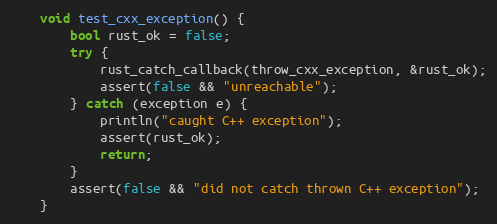
Language: C++
    void test_cxx_exception() {
        bool rust_ok = false;
        try {
            rust_catch_callback(throw_cxx_exception, &rust_ok);
            assert(false && "unreachable");
        } catch (exception e) {
            println("caught C++ exception");
            assert(rust_ok);
            return;
        }
        assert(false && "did not catch thrown C++ exception");
    }